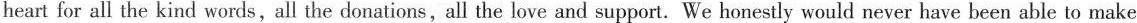
heart for all the kind words,all the donations,all the love and support. We honestly would never have been able to make